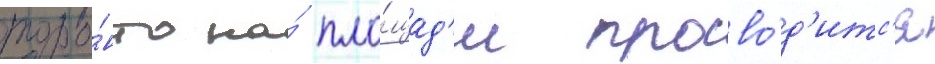
торо́нто на́ пло́щад'и прово́д'итс'я